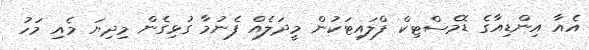
އެއާ އިންޑިއާގެ ޑޮމެސްޓިކް ފްލައިޓަކުން މީދަލެއް ފެނުމާ ގުޅިގެން މިދިޔަ މެއި މަހު